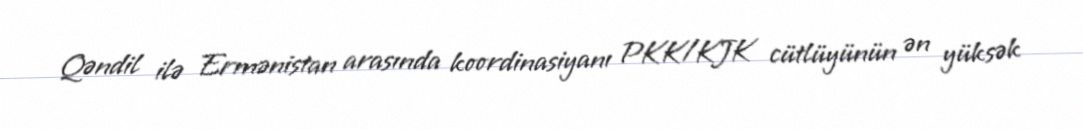
Qəndil ilə Ermənistan arasında koordinasiyanı PKK/KJK cütlüyünün ən yüksək